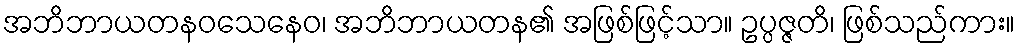
အဘိဘာယတနဝသေနေဝ၊ အဘိဘာယတန၏ အဖြစ်ဖြင့်သာ။ ဥပ္ပဇ္ဇတိ၊ ဖြစ်သည်ကား။